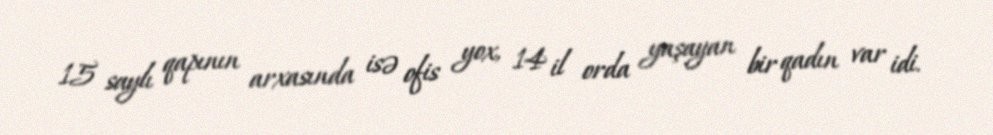
15 saylı qapının arxasında isə ofis yox, 14 il orda yaşayan bir qadın var idi.